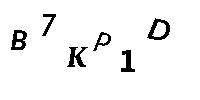
B7KP1D